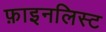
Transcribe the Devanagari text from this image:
फ़ाइनलिस्ट